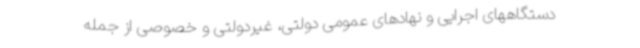
دستگاههای اجرایی و نهادهای عمومی دولتی، غیردولتی و خصوصی از جمله